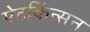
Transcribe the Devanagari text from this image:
ऐटकिंन्सन